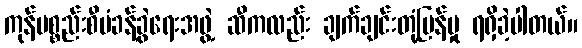
ကုန်ပစ္စည်းစီမံခန့်ခွဲရေးအဖွဲ့ ဆီကလည်း ချက်ချင်းတုံ့ပြန်မှု ရရှိခဲ့ပါတယ်။